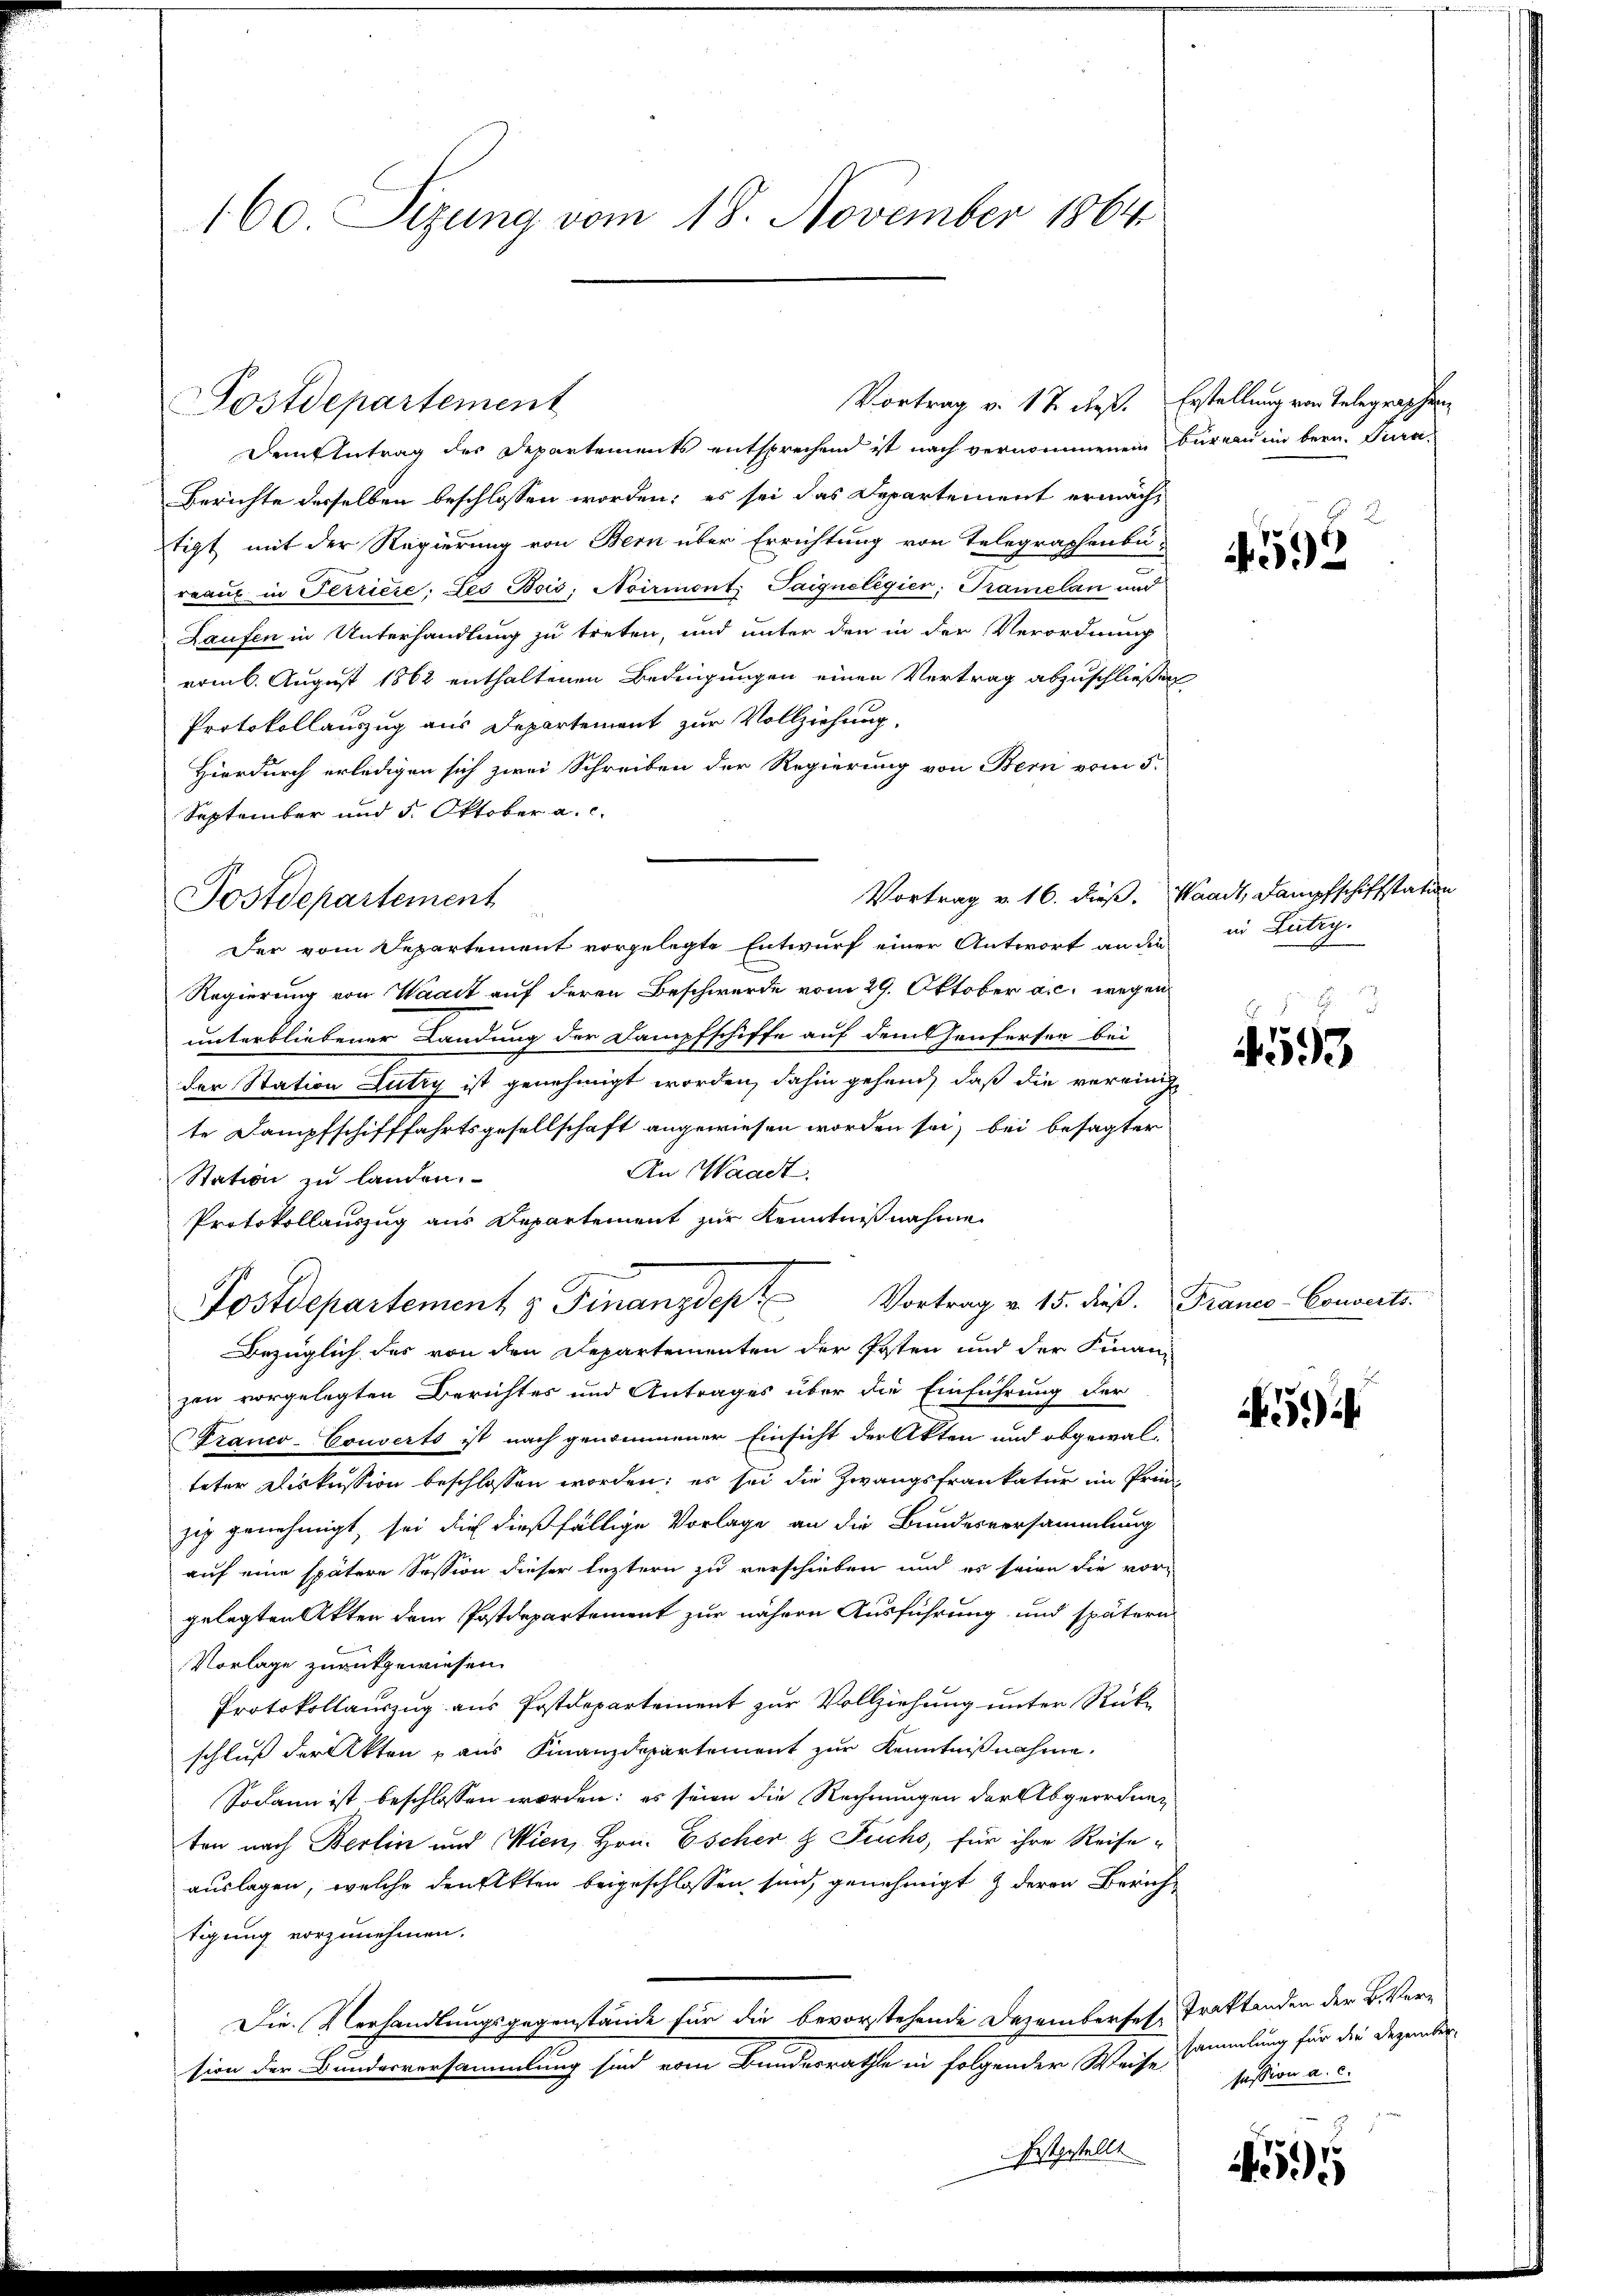
160. Sizung vom 18. November 1864

Dem Antrag des Departements entsprechend ist nach vernommenen Bureau in bern. Pura¬
Berichte derselben beschlossen worden; es sei das Departement ermächtigt mit der Regierung von Bern über Errichtung von Telegraphenbur
reaux in Terriere: des Bois, Noirmont. Taigneligier, Tramelan und
Laufen in Unterhandlung zu treten, und unter den in der Verordnung
vom 6. August 1862 enthaltenen Bedingungen einen Vertrag abzuschließen
Protokollauszug aus Departement zur Vollziehung,
Hierdurch erledigen sich zwei Schreiben der Regierung von Bern vom 5.
September und 5. Oktober a. c.
Regierung von Waadt auf deren Beschwerde vom 29. Oktober a.c. wegen
unterbliebener Landung der Dampfschiffe auf dem Genferten bei
der Station Lutry ist genehmigt worden, dahin geheuch, daß die vereinige
te Dampfschifffahrtsgesellschaft angewiesen worden sei, bei besagter
An Waadt.
Station zu landen.
Protokollauszug aus Departement zur Kenntnißnahme
3
Fostdepartement & Finanzdep.  Vortrag v. 15. dieβ.  Franco-Converts.
Bezüglich des von den Departementen der Posten und der Finanzon vorgelegten Berichtes und Antrages über die Einführung der
Franco-Couverts ist nach genommener Einsicht der Akten und abgewal-
teter Diskussion beschlossen worden; es sei die Zwangsfrankatur im Prinzig genehmigt, sei die dießfällige Vorlage an die Bundesversammlung
auf eine spätere Session dieser leztern zu verschieben und es seien die vor-
gelegten Akten dem Postdepartement zur nähere Ausführung und spätern
Vorlage zurückgewiesen.
Protokollauszug aus Postdepartement zur Vollziehung unter Rück-
schluß der Akten aus Finanzdepartement zur Kenntnißnahme.
Sodann ist beschlossen worden; es seien die Rechnungen der Abgeordnen
ten nach Berlin und Wien, Hrn. Escher & Fuchs, für ihre Reiseauslagen, welche denkten beigeschlossen sind, genehmigt & deren Zürichtigung vorzunehmen.
Die Verhandlungsgegenstände für die bevorstehende Dezemberses Traktanden der B. Version der Bundesversammlung sind vom Bundesrathe ein folgender Weise sammlung für die Dezember-

Postdepartement

Postdepartement

Der vom Departement vorgelegte Entwurf einer Antwort an die

Vortrag v. 17. dieß. Erstellung von Telegraphen

festgestellt

592

Vortrag v. 16. dieß. Waadt, Dampfschiffstation
in Lutry.

593

5

session a. c.

5